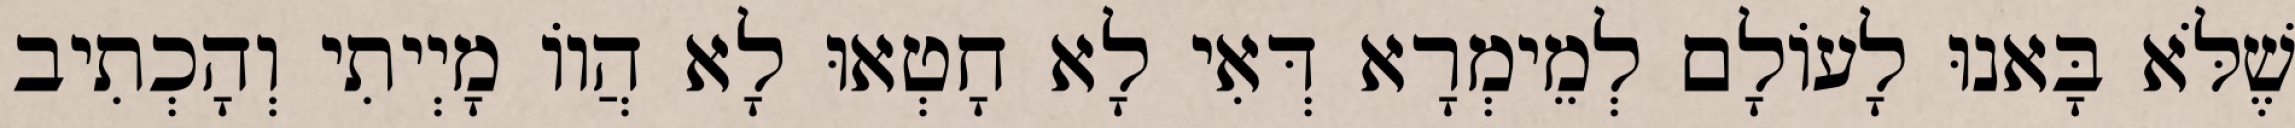
שֶׁלֹּא בָּאנוּ לָעוֹלָם לְמֵימְרָא דְּאִי לָא חָטְאוּ לָא הֲווֹ מָיְיתִי וְהָכְתִיב